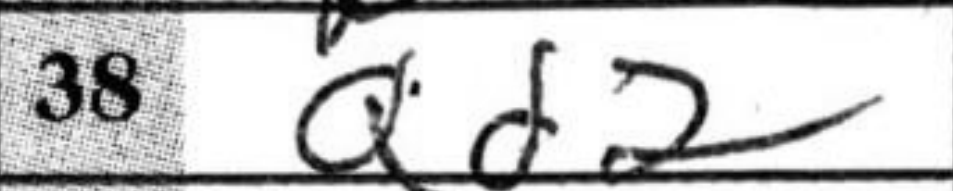
Transcription: Qd2